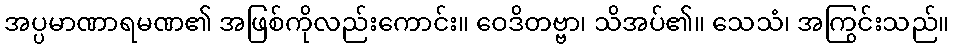
အပ္ပမာဏာရမဏ၏ အဖြစ်ကိုလည်းကောင်း။ ဝေဒိတဗ္ဗာ၊ သိအပ်၏။ သေသံ၊ အကြွင်းသည်။